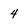
Character: 4